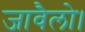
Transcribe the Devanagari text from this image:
जावैलो।